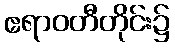
ဧရာဝတီတိုင်း၌